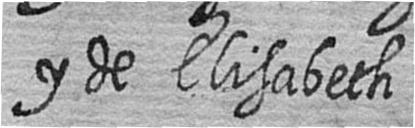
y de Elisabeth